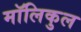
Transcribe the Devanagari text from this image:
मॉलिकुल